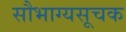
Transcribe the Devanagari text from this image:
सौभाग्यसूचक